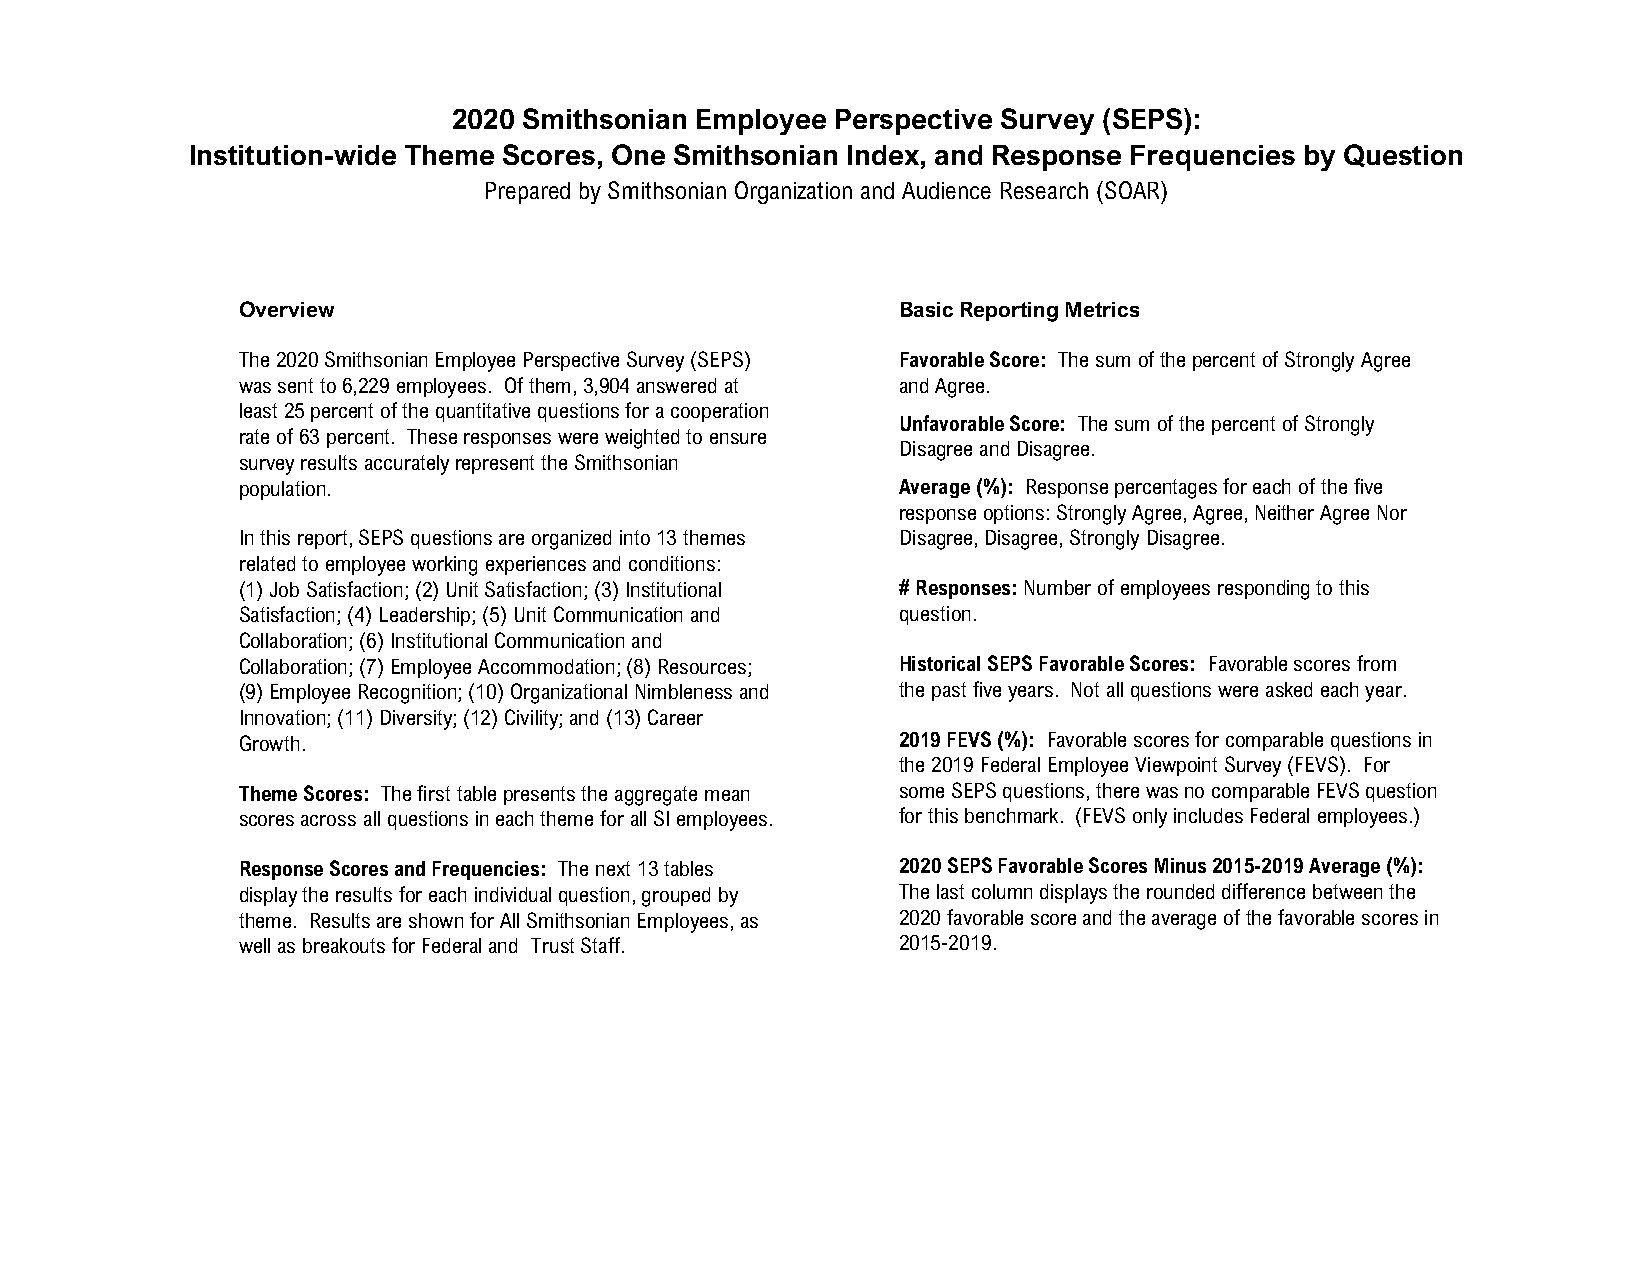
2020 Smithsonian Employee Perspective Survey (SEPS):
 Institution-wide Theme Scores, One Smithsonian Index, and Response Frequencies by Question
 Prepared by Smithsonian Organization and Audience Research (SOAR)
 Overview                                    Basic Reporting Metrics
 The 2020 Smithsonian Employee Perspective Survey (SEPS) Favorable Score: The sum of the percent of Strongly Agree
 was sent to 6,229 employees. Of them, 3,904 answered at and Agree.
 least 25 percent of the quantitative questions for a cooperation
 Unfavorable Score: The sum of the percent of Strongly
 rate of 63 percent. These responses were weighted to ensure
 Disagree and Disagree.
 survey results accurately represent the Smithsonian
 population.                                 Average (%): Response percentages for each of the five
 response options: Strongly Agree, Agree, Neither Agree Nor
 In this report, SEPS questions are organized into 13 themes Disagree, Disagree, Strongly Disagree.
 related to employee working experiences and conditions:
 (1) Job Satisfaction; (2) Unit Satisfaction; (3) Institutional # Responses:Number of employees responding to this
 Satisfaction; (4) Leadership; (5) Unit Communication and question.
 Collaboration; (6) Institutional Communication and
 Collaboration; (7) Employee Accommodation; (8) Resources; Historical SEPS Favorable Scores: Favorable scores from
 (9) Employee Recognition; (10) Organizational Nimbleness and the past five years. Not all questions were asked each year.
 Innovation; (11) Diversity; (12) Civility; and (13) Career
 Growth.                                     2019 FEVS (%): Favorable scores for comparable questions in
 the 2019 Federal Employee Viewpoint Survey (FEVS). For
 Theme Scores: The first table presents the aggregate mean some SEPS questions, there was no comparable FEVS question
 scores across all questions in each theme for all SI employees. for this benchmark. (FEVS only includes Federal employees.)
 Response Scores and Frequencies: The next 13 tables 2020 SEPS Favorable Scores Minus 2015-2019 Average (%):
 display the results for each individual question, grouped by The last column displays the rounded difference between the
 theme. Results areshown for All Smithsonian Employees, as 2020 favorable score and the average of the favorable scores in
 well as breakouts for Federal and Trust Staff. 2015-2019.